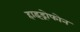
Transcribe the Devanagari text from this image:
हाइड्रोफोन